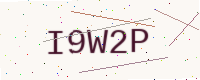
Text: I9W2P